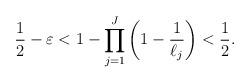
LaTeX: \begin{align*}\frac 12-\varepsilon <1-\prod_{j=1}^J \left(1-\frac 1{\ell_j}\right) <\frac 12. \end{align*}